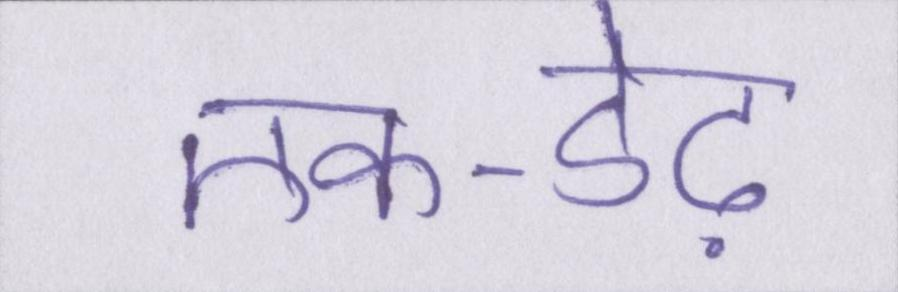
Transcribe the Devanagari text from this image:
एक-डेढ़